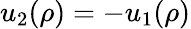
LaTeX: u_{2}(\rho)=-u_{1}(\rho)